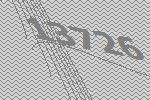
13726